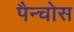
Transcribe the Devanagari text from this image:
पैन्चोस